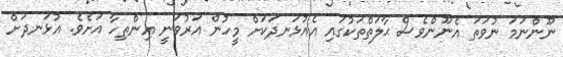
ނޫންނަމަ ނުވަތަ އެނޫންވެސް ޙާލަތްތަކުގައި އެއުޅަނދަކަށް މީހުން އަރުވަނީ އިންތިހާ އަށެވެ. އުޅަނދަށް